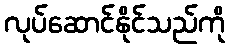
လုပ်ဆောင်နိုင်သည်ကို